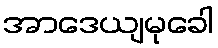
အာဒေယျမုခေါ